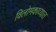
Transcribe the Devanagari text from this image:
विलोमकाव्यात